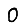
Digit: 0